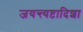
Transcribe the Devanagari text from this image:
जयन्त्यष्टादिशा